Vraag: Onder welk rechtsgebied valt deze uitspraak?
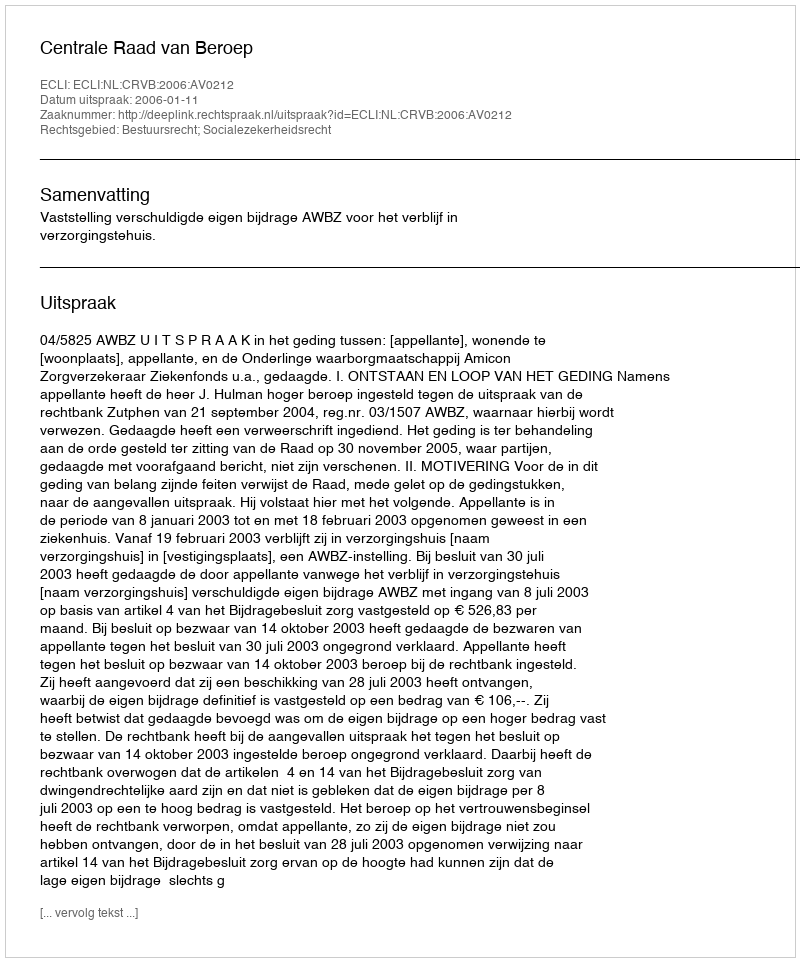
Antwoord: Bestuursrecht; Socialezekerheidsrecht